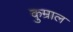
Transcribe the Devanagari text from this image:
कुम्राल